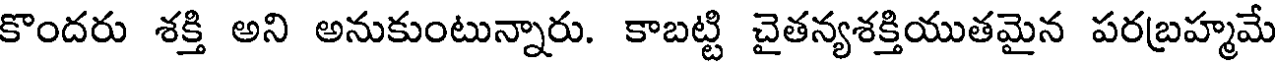
కొందరు శక్తి అని అనుకుంటున్నారు. కాబట్టి చైతన్యశక్తియుతమైన పరబ్రహ్మమే